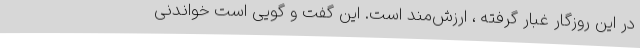
در این روزگار غبار گرفته ، ارزش‌مند است‌. این گفت و گویی است خواندنی